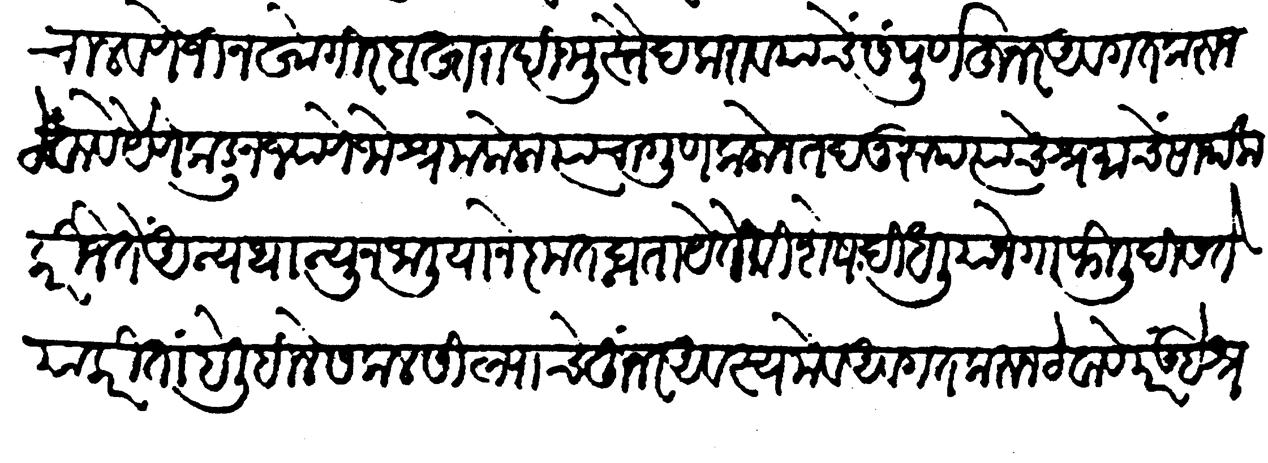
Transliteration (Devanagari): चालवणें जीन खोगीर बस्तरादि मुस्तैद करावयाचें संपूर्ण हुनर अवगत करुन ठेवावें येणेंकडून ज्याणे जो श्रम केला त्याचा गुण कळोन तदनुरुप त्याचें श्रमाचें सार्थक करिजेतें अन्यथा न्यून जालियाने कृतघ्नता येते विशेष दिधलियाने गाफिली दिसते याकरितां हैं लिहिले सकल सील्याचें हुंनर अवश्यमेव अवगत करुन ठेवावें परंतु हे श्रमाहव